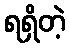
ရရှိတဲ့